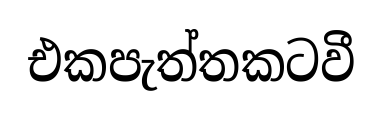
එකපැත්තකටවී